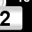
Digit: 2